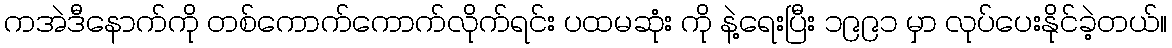
ကအဲဒီနောက်ကို တစ်ကောက်ကောက်လိုက်ရင်း ပထမဆုံး ကို နဲ့ရေးပြီး ၁၉၉၁ မှာ လုပ်ပေးနိုင်ခဲ့တယ်။